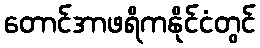
တောင်အာဖရိကနိုင်ငံတွင်